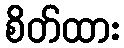
စိတ်ထား